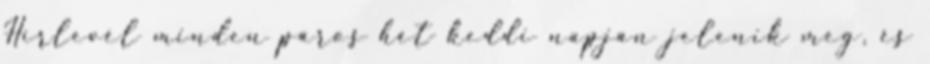
Hírlevél minden páros hét keddi napján jelenik meg, és